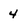
Character: 4